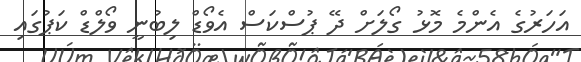
އަހަރުގެ އެންމެ މޮޅު ގޯލަށް ދޭ ޕުސްކަސް އެވޯޑް ލިބުނީ ވޯލްޑް ކަޕުގައި